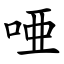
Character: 唖